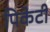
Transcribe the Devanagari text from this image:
पिकेटी